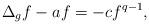
LaTeX: \begin{align*}\Delta_gf-af=-cf^{q-1},\end{align*}